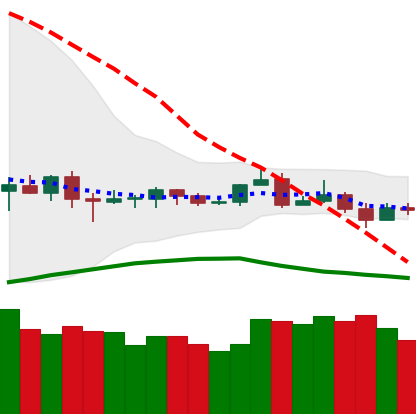
Ticker: ETC-USD
Chart end date: 2019-08-12
Forward return: -5.587%
Label: down_5_7